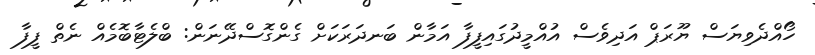
ހޯއްދެވިޔަސް ޔޫރަޕް އަދިވެސް އުއްމީދުގައިފީފާ އަމާން ބަނދަރަކަށް ގެންގޮސްދޭނަން: ބްލެޓާބޮމެއް ނެތް ފީފާ